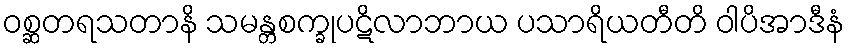
ဝစ္ဆတရသတာနိ သမန္တစက္ခုပဋိလာဘာယ ပသာရိယတီတိ ဝါပိအာဒီနံ